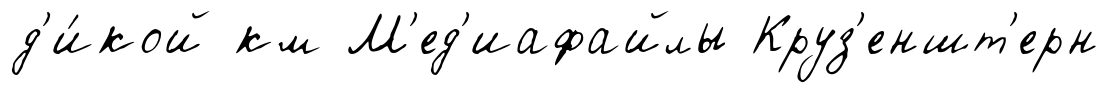
д'и́кой км М'ед'иафайлы Круз'еншт'ерн